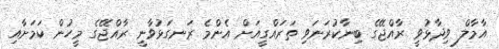
އާމާލް ވިދާޅުވީ ރާއްޖޭގެ ބިނާކުރަނަވި ތަރައްގީއަށް އެންމެ ރަނގަޅުވާނީ ރާއްޖޭގެ މީހުން ކަމަށާއި